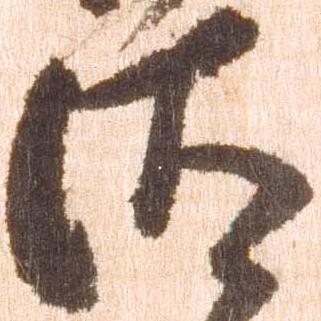
汰